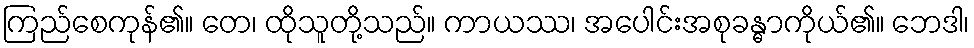
ကြည်စေကုန်၏။ တေ၊ ထိုသူတို့သည်။ ကာယဿ၊ အပေါင်းအစုခန္ဓာကိုယ်၏။ ဘေဒါ၊